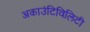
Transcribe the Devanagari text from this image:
अकाउंटिविलिटी